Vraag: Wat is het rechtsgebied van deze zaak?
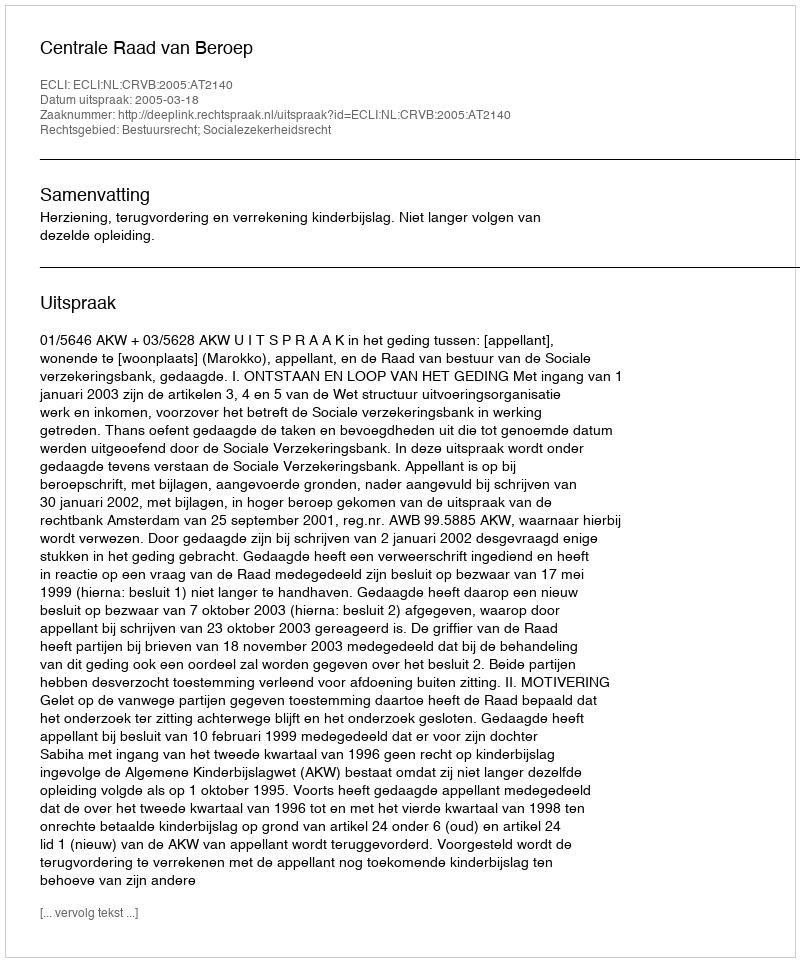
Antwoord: Bestuursrecht; Socialezekerheidsrecht